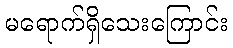
မရောက်ရှိသေးကြောင်း